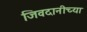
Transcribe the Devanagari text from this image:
जिवदानीच्या